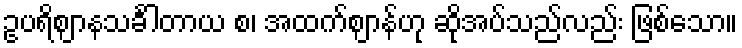
ဥပရိဈာနသင်္ခါတာယ စ၊ အထက်ဈာန်ဟု ဆိုအပ်သည်လည်း ဖြစ်သော။